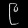
Digit: ၉